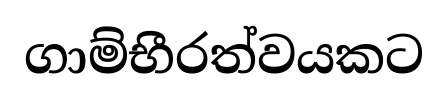
ගාම්භීරත්වයකට